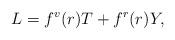
LaTeX: \begin{align*}L = f^v (r) T + f^r (r) Y ,\end{align*}